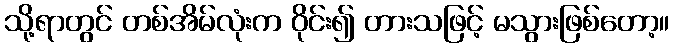
သို့ရာတွင် တစ်အိမ်လုံးက ဝိုင်း၍ တားသဖြင့် မသွားဖြစ်တော့။